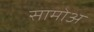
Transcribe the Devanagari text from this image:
सामोअ